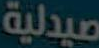
صيدلية